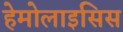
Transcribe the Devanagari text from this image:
हेमोलाइसिस